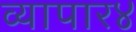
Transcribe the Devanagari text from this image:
व्यापार४